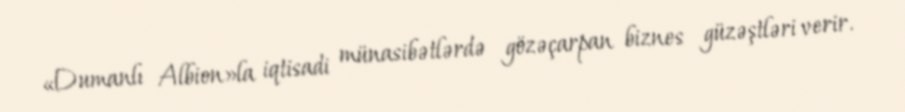
«Dumanlı Albion»la iqtisadi münasibətlərdə gözəçarpan biznes güzəştləri verir.